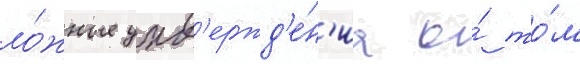
ло́жные утв'ержд'е́н'иа о́ то́м